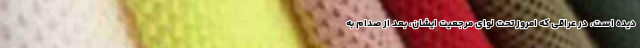
دیده است، در عراقی که امروز تحت لوای مرجعیت ایشان، بعد از صدام به